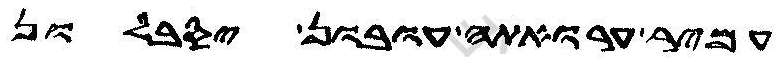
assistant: עמיר ערואתה עובון יסבלון